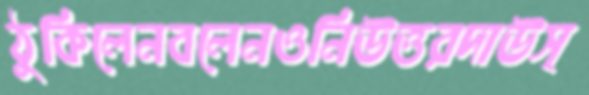
ঠুকিলেনবলেনওনিউত্তরদাউস্‌